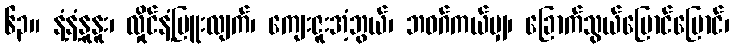
၆၃။ နံ့နံ့နူနူး၊ လှိုင်နံ့မြူးလျက်၊ ကျေးဇူးအံ့ဘွယ်၊ ဘဝဂ်ကယ်မျှ၊ ခြောက်သွယ်ပြောင်ပြောင်၊